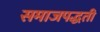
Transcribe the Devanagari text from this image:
समाजपद्धती